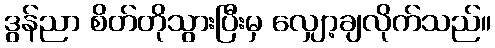
ဒွန်ညာ စိတ်တိုသွားပြီးမှ လျှော့ချလိုက်သည်။